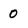
Character: 0